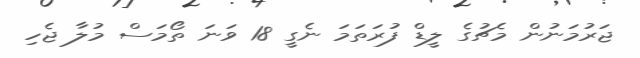
ޖަރުމަނުން މެޗުގެ ލީޑް ފުރަތަމަ ނެގީ 18 ވަނަ ތޯމަސް މުލާ ޖެހި